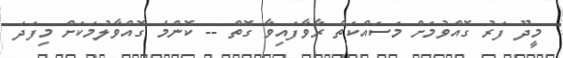
މީދޫ ފަރު ގޮއްވުމަށް މަސައްކަތް ރާވާފައިވާ ގޮތް -- ކޮންމެ ގޮއްވާލުމަކަށް މިފަދަ